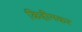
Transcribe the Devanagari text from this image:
किहीमकर